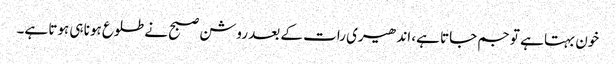
خون بہتا ہے تو جم جاتا ہے، اندھیری رات کے بعد روشن صبح نے طلوع ہونا ہی ہوتا ہے۔